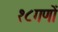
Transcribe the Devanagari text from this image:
१८गणों